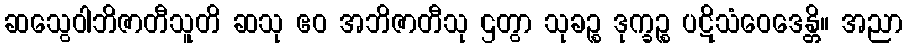
ဆသွေဝါဘိဇာတီသူတိ ဆသု ဧဝ အဘိဇာတီသု ဌတွာ သုခဉ္စ ဒုက္ခဉ္စ ပဋိသံဝေဒေန္တိ။ အညာ